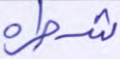
شطره